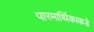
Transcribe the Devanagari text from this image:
पारमार्थिकाकडे